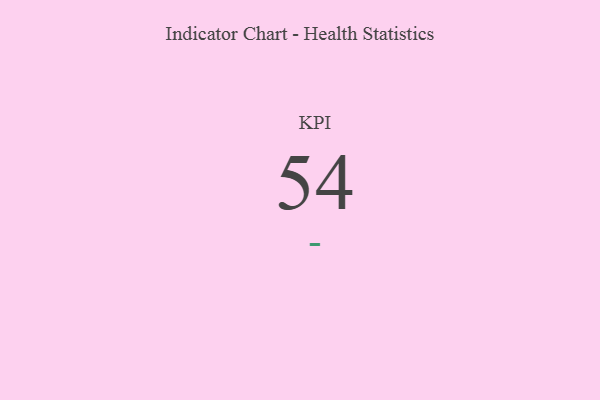
{"axis": {"x": "KPI", "y": "Value"}, "legend": [""], "data": [{"x": "KPI", "y": 54, "type": ""}]}